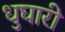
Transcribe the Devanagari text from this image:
धुघारी